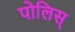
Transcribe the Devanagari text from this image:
पोलिस्